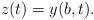
LaTeX: \begin{align*}z(t) = y(b,t).\end{align*}